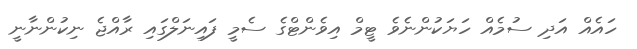
ހައެއް އަދި ސުމެއް ހަޔަކުންނެވެ ޓީމް އިވެންޓްގެ ސެމީ ފައިނަލްގައި ރާއްޖެ ނިކުންނާނީ